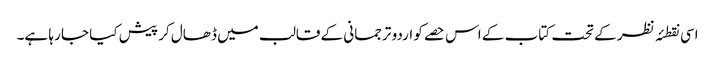
اسی نقطئہ نظر کے تحت کتاب کے اس حصے کو اردو ترجمانی کے قالب میں ڈھال کر پیش کیا جا رہا ہے۔